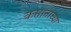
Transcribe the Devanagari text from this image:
कप्तानाच्या